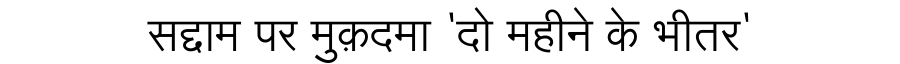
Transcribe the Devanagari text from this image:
सद्दाम पर मुक़दमा 'दो महीने के भीतर'